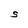
Character: S